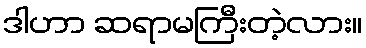
ဒါဟာ ဆရာမကြီးတဲ့လား။